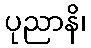
ပုညာနိ၊